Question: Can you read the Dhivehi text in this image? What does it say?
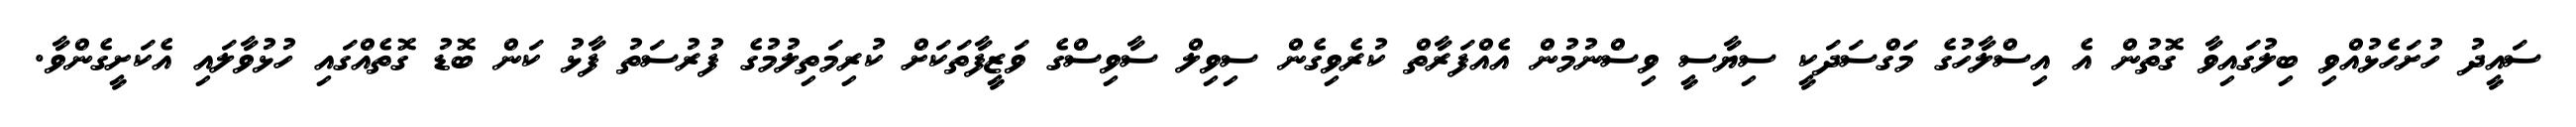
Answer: ސައީދު ހުށަހެޅުއްވި ބިލުގައިވާ ގޮތުން އެ އިސްލާހުގެ މަގްސަދަކީ ސިޔާސީ ވިސްނުމުން އެއްފަރާތް ކުރެވިގެން ސިވިލް ސާވިސްގެ ވަޒީފާތަކަށް ކުރިމަތިލުމުގެ ފުރުސަތު ފާޅު ކަން ބޮޑު ގޮތެއްގައި ހުޅުވާލައި އެކަށީގެންވާ.